Note on the mental hospitals in Burma - 1925-1940
Year: 1925
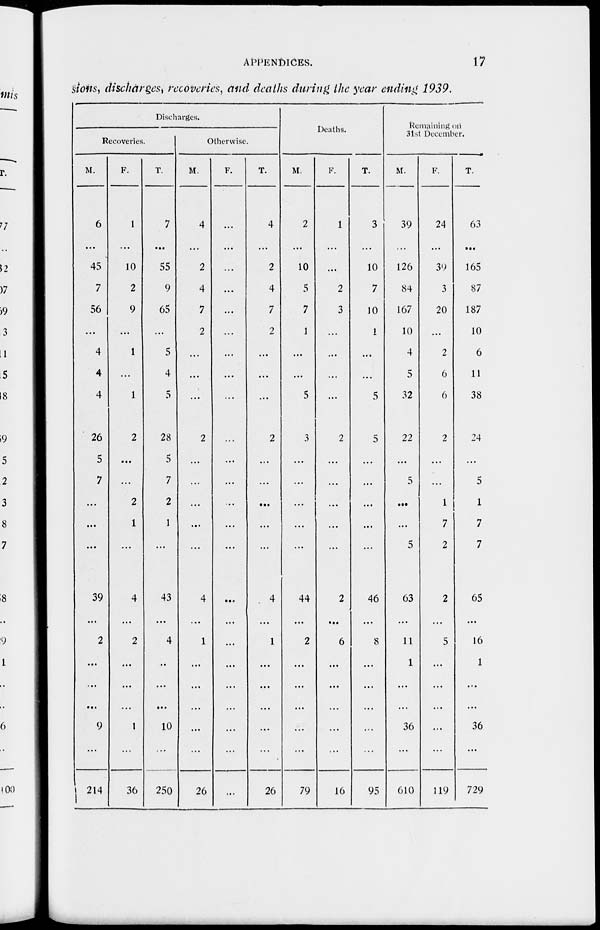
APPENDICES.
17
sions, discharges, recoveries, and deaths during the year ending 1939.
Discharges.
Recoveries.
M.
6
...
45
7
56
...
4
4
4
26
5
7
...
...
...
39
...
2
...
...
...
9
214
F.
1
...
10
2
9
...
1
...
1
2
...
...
2
1
...
4
...
2
...
...
...
1
36
T.
7
...
55
9
65
...
5
4
5
28
5
7
2
1
...
43
...
4
..
...
...
10
250
Otherwise.
M.
4
...
2
4
7
2
...
...
...
2
...
...
...
...
...
4
...
1
...
...
...
...
26
F.
...
...
...
...
...
...
...
...
...
...
...
...
...
...
...
...
...
...
...
...
...
...
...
T.
4
...
2
4
7
2
...
...
...
2
...
...
...
...
...
4
...
1
...
...
...
...
26
Deaths.
M.
2
...
10
5
7
1
...
...
5
3
...
...
...
...
...
44
...
2
...
...
...
...
79
F.
1
...
...
2
3
...
...
...
...
2
...
...
...
...
...
2
...
6
...
...
...
...
16
T.
3
...
10
7
10
1
...
...
5
5
...
...
...
...
...
46
...
8
...
...
...
...
95
Remaining on
31st December.
M.
39
...
126
84
167
10
4
5
32
22
...
5
...
...
5
63
...
11
1
...
...
36
610
F.
24
...
39
3
20
...
2
6
6
2
...
...
1
7
2
2
...
5
...
...
...
...
119
T.
63
...
165
87
187
10
6
11
38
24
...
5
1
7
7
65
...
16
1
...
...
36
729